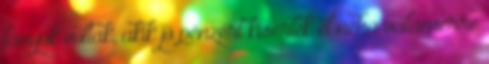
lányok voltak, akik jó pénzért kísértek el néha valamerre